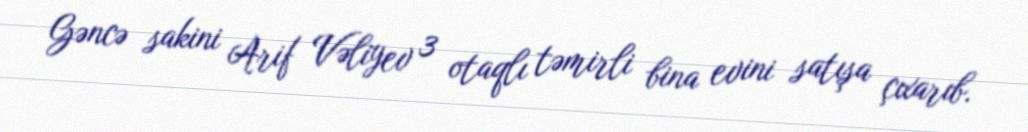
Gəncə sakini Arif Vəliyev 3 otaqlı təmirli bina evini satışa çıxarıb.